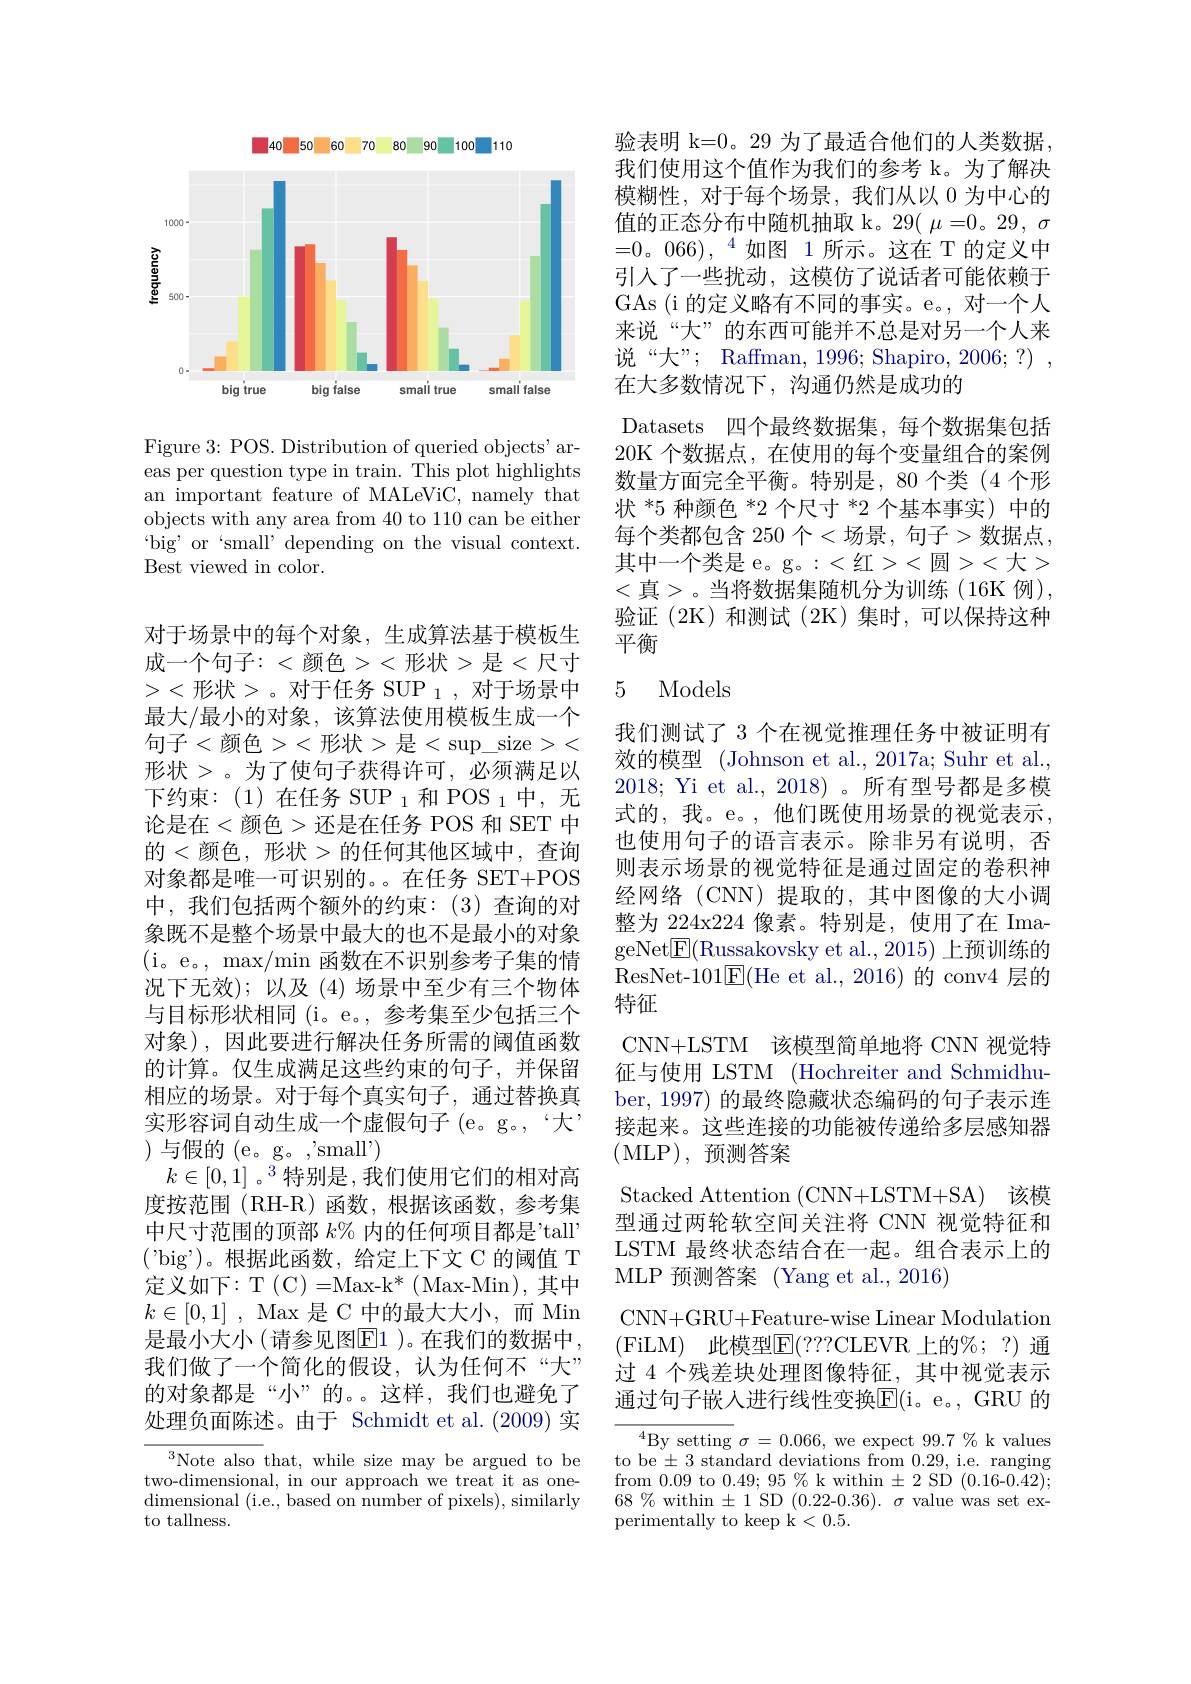
<FigureHere>

Figure 3: POS. Distribution of queried objects' areas per question type in train. This plot highlights an important feature of MALeViC, namely that objects with any area from 40 to 110 can be either ` bi$g^{\prime }$ or ` small" depending on the visual context. Best viewed in color.

对于场景中的每个对象，生成算法基于模板生成一个句子：<颜色><形状>是<尺寸><形状$>\text{。对于任务 SUP }_1$,对于场景中最大/最小的对象，该算法使用模板生成一个句子<颜色><形状>是$<\sup\_$size>< 形状 >。为了使句子获得许可，必须满足以下约束：(1)在任务 SUP $_1$ 和 POS $_1$中，无论是在<颜色>还是在任务 POS 和 SET 中的<颜色，形状>的任何其他区域中，查询对象都是唯一可识别的。。在任务 SET+POS 中，我们包括两个额外的约束：(3)查询的对象既不是整个场景中最大的也不是最小的对象(i。e。, max/min 函数在不识别参考子集的情况下无效);以及(4)场景中至少有三个物体与目标形状相同(i。e。,参考集至少包括三个对象),因此要进行解决任务所需的阈值函数的计算。仅生成满足这些约束的句子，并保留相应的场景。对于每个真实句子，通过替换真实形容词自动生成一个虚假句子(e。g。,“大” )与假的(e。g。,'small')
$k\in[0,1]$。$^3$特别是，我们使用它们的相对高度按范围(RH-R)函数，根据该函数，参考集中尺寸范围的顶部$k\%$内的任何项目都是’tall ('big')。根据此函数，给定上下文 C 的阈值 T 定义如下：T(C)=Max-k*(Max-Min),其中$k\in [ 0, 1]$ , Max是 C 中的最大大小，而 Min 是最小大小(请参见图E1 )。在我们的数据中， 我们做了一个简化的假设，认为任何不“大” 的对象都是“小”的。。这样，我们也避免了处理负面陈述。由于 Schmidt et al.(2009) 实
$^{3}$Note also that, while size may be argued to be

two-dimensional, in our approach we treat it as onedimensional ( i. e. , based on number of pixels) , similarly to tallness.

验表明 k=0。29 为了最适合他们的人类数据， 我们使用这个值作为我们的参考 k。为了解决模糊性，对于每个场景，我们从以 0 为中心的值的正态分布中随机抽取 k。29( $\mu=0$。29, $\sigma$ $=0。066),~^{4}$如图 1所示。这在 T 的定义中引人了一些扰动，这模仿了说话者可能依赖于GAs (i 的定义略有不同的事实。e。, 对一个人来说“大”的东西可能并不总是对另一个人来说“大”; Raffman, 1996; Shapiro, 2006; ?) , 在大多数情况下，沟通仍然是成功的
Datasets 四个最终数据集，每个数据集包括20K 个数据点，在使用的每个变量组合的案例数量方面完全平衡。特别是，80 个类 (4 个形状$^{*}5\text{ 种颜色 }^{*}2\text{ 个尺寸 }^{*}2$个基本事实)中的每个类都包含 250 个<场景，句子>数据点， 其中一个类是 e。g。:<红><圆><大> <真>。当将数据集随机分为训练(16K 例), 验证(2K)和测试(2K)集时，可以保持这种平衡

## 5 Models

我们测试了 3 个在视觉推理任务中被证明有效的模型 (Johnson et al., 2017a; Suhr et al. 2018; Yi et al., 2018)。所有型号都是多模式的，我。e。,他们既使用场景的视觉表示， 也使用句子的语言表示。除非另有说明，否则表示场景的视觉特征是通过固定的卷积神经网络(CNN)提取的，其中图像的大小调整为 224x224 像素。特别是，使用了在 ImageNet$\boxed{\mathrm{E}}($Russakovsky et al.,2015) 上预训练的ResNet-101E(He et al.,2016)的 conv4 层的特征
CNN+LSTM 该模型简单地将 CNN 视觉特征与使用 LSTM (Hochreiter and Schmidhuber, 1997) 的最终隐藏状态编码的句子表示连接起来。这些连接的功能被传递给多层感知器(MLP),预测答案

Stacked Attention (CNN+LSTM+SA) 该模型通过两轮软空间关注将 CNN 视觉特征和LSTM 最终状态结合在一起。组合表示上的MLP 预测答案 (Yang et al., 2016)

CNN+GRU+Feature-wise Linear Modulation (FiLM)此模型$\mathbb{E}(???$CLEVR上的%;?)通过 4 个残差块处理图像特征，其中视觉表示通过句子嵌人进行线性变换E$( i。e。, GRU的$

$^{4}$By setting $\sigma=0.066$,we expect $99.7\%$ k values to be $\pm3$ standard deviations from 0.29, i.e. ranging from 0.09 to $0.49;95\%$ k within $\pm2$ SD (0.16-0.42); $68\%$ within $\pm1$ SD (0.22-0.36). $\sigma$ value was set experimentally to keep k<0.5.